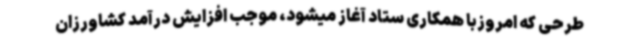
طرحی که امروزبا همکاری ستاد آغاز میشود، موجب افزایش درآمد کشاورزان